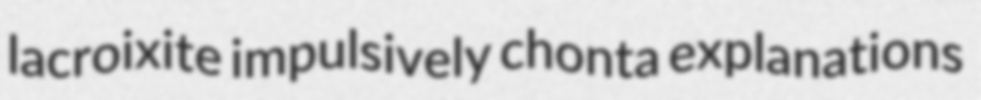
lacroixite impulsively chonta explanations